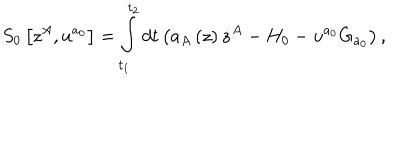
LaTeX: S _ { 0 } \left[ z ^ { A } , u ^ { a _ { 0 } } \right] = \int _ { t _ { 1 } } ^ { t _ { 2 } } d t \left( a _ { A } \left( z \right) \dot { z } ^ { A } - H _ { 0 } - u ^ { a _ { 0 } } G _ { a _ { 0 } } \right) ,